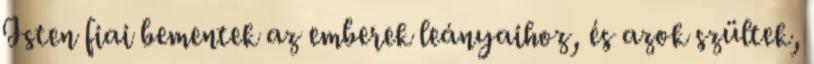
Isten fiai bementek az emberek leányaihoz, és azok szültek,